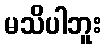
မသိပါဘူး